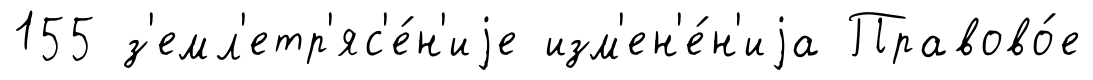
155 з'емл'етр'яс'е́н'иjе изм'ен'е́н'иjа Правово́е